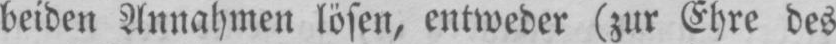
beiden Annahmen lösen, entweder (zur Ehre des